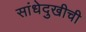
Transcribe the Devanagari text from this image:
सांधेदुखीची